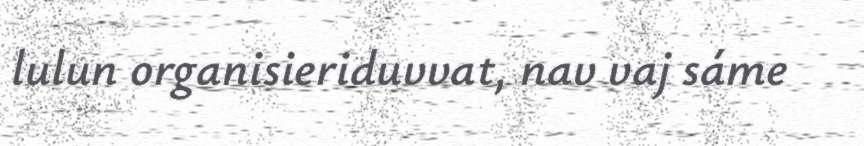
lulun organisieriduvvat, nav vaj sáme